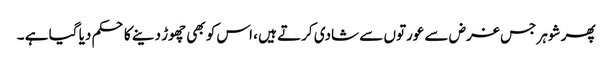
پھر شوہر جس غرض سے عورتوں سے شادی کرتے ہیں ، اس کو بھی چھوڑ دینے کا حکم دیا گیا ہے ۔